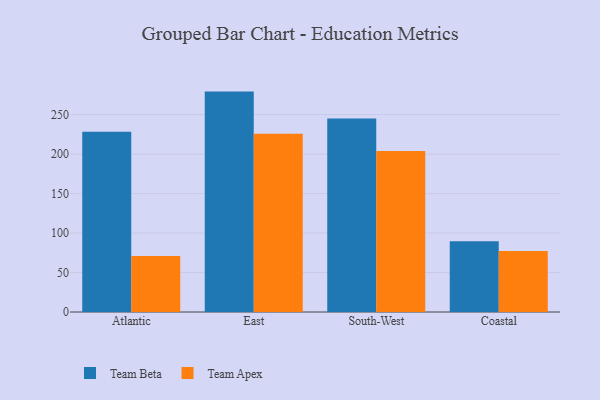
{"axis": {"x": "Region", "y": "Website Visitors"}, "legend": ["Team Apex", "Team Beta"], "data": [{"x": "Atlantic", "y": 228.3, "type": "Team Beta"}, {"x": "Atlantic", "y": 70.9, "type": "Team Apex"}, {"x": "East", "y": 279.2, "type": "Team Beta"}, {"x": "East", "y": 225.7, "type": "Team Apex"}, {"x": "South-West", "y": 245.1, "type": "Team Beta"}, {"x": "South-West", "y": 203.8, "type": "Team Apex"}, {"x": "Coastal", "y": 89.7, "type": "Team Beta"}, {"x": "Coastal", "y": 77.4, "type": "Team Apex"}]}